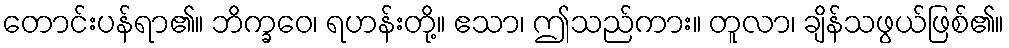
တောင်းပန်ရာ၏။ ဘိက္ခဝေ၊ ရဟန်းတို့။ ဧသာ၊ ဤသည်ကား။ တူလာ၊ ချိန်သဖွယ်ဖြစ်၏။